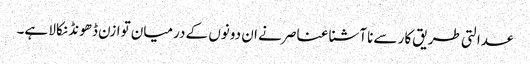
عدالتی طریق کار سے ناآشنا عناصر نے ان دونوں کے درمیان توازن ڈھونڈ نکالا ہے۔